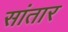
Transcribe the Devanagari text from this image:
सांतार